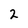
Character: 2